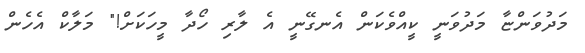
މަދުވަންޏާ މަދުވަނީ ކީއްވެކަން އެނގޭނީ އެ ލާރި ހޯދާ މީހަކަށް!" މަލާކް އެހެން